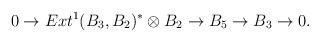
\begin{align*}0 \to Ext^1(B_3,B_2)^* \otimes B_2 \to B_5 \to B_3 \to 0 .\end{align*}